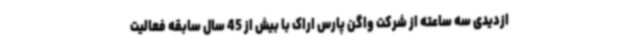
ازدیدی سه ساعته از شرکت واگن پارس اراک با بیش از 45 سال سابقه فعالیت